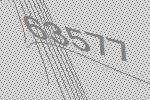
63577